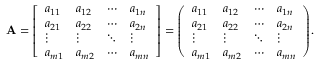
\mathbf { A } = { \left[ \begin{array} { l l l l } { a _ { 1 1 } } & { a _ { 1 2 } } & { \cdots } & { a _ { 1 n } } \\ { a _ { 2 1 } } & { a _ { 2 2 } } & { \cdots } & { a _ { 2 n } } \\ { \vdots } & { \vdots } & { \ddots } & { \vdots } \\ { a _ { m 1 } } & { a _ { m 2 } } & { \cdots } & { a _ { m n } } \end{array} \right] } = { \left( \begin{array} { l l l l } { a _ { 1 1 } } & { a _ { 1 2 } } & { \cdots } & { a _ { 1 n } } \\ { a _ { 2 1 } } & { a _ { 2 2 } } & { \cdots } & { a _ { 2 n } } \\ { \vdots } & { \vdots } & { \ddots } & { \vdots } \\ { a _ { m 1 } } & { a _ { m 2 } } & { \cdots } & { a _ { m n } } \end{array} \right) } .